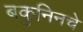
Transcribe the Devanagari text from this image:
बकुनिनचे